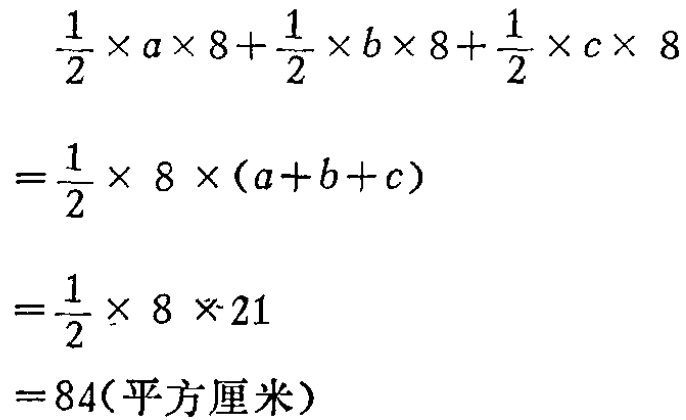
\[

\begin{align*}

&\frac{1}{2} \times a\times 8+\frac{1}{2} \times b\times 8+\frac{1}{2} \times c\times 8\\

=&\frac{1}{2} \times 8\times (a + b + c)\\

=&\frac{1}{2} \times 8\times 21\\

=&84(\text{平方厘米})

\end{align*}

\]